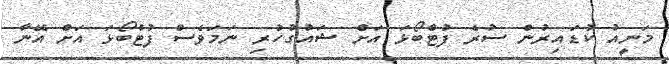
މަނީއު ކުޑައިރުން ސުރެ ފުޓްބޯޅަ އަށް ޝައުގުހުރި ނަމަވެސް ފުޓްބޯޅަ އަށް އޭނާ